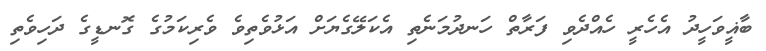
ބާޣީވަހީދު އެހެރީ ހެއްދެވި ފަރާތް ހަނދުމަނެތި އެކަލޭގެޔަށް އަޅުވެތިވެ ވެރިކަމުގެ ގޮނޑީގެ ދަހިވެތި